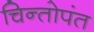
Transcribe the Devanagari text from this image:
चिन्तोपंत